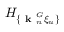
H _ { \{ \textbf { k } _ { n } ^ { G } \xi _ { u } \} }